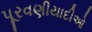
પૂરવણીયાદીઓ